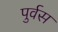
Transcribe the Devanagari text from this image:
पुर्वस